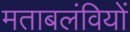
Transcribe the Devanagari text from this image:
मताबलंवियों